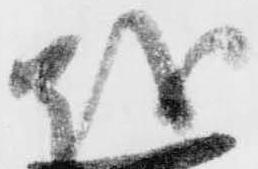
越